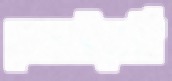
লেলাইতেছি